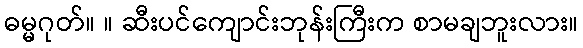
ဓမ္မဂုတ်။ ။ ဆီးပင်ကျောင်းဘုန်းကြီးက စာမချဘူးလား။